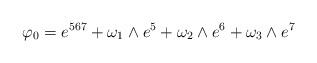
\begin{align*}\varphi_0 =e^{567}+\omega_1\wedge e^{5} +\omega_2\wedge e^{6} +\omega_3\wedge e^{7}\end{align*}